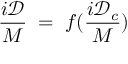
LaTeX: \frac { i \mathcal D } { M } \; = \; f ( \frac { i { \mathcal D } _ { c } } { M } )